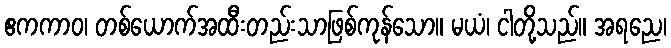
ဧကကာဝ၊ တစ်ယောက်အထီးတည်းသာဖြစ်ကုန်သော။ မယံ၊ ငါတို့သည်။ အရညေ၊